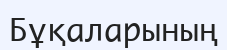
Бұқаларының